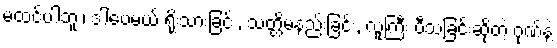
မထင်ပါဘူး၊ ဒါပေမယ့် ရိုးသားခြင်း, သတ္တိမနည်းခြင်း, လူကြီး ပီသခြင်းဆိုတဲ့ ဂုဏ်နဲ့